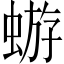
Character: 蝣